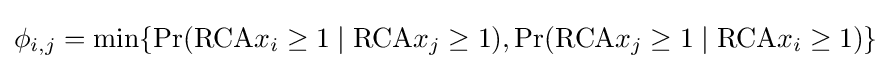
\phi _{i,j}=\min\{\Pr({\text{RCA}}x_{i}\geq 1\mid {\text{RCA}}x_{j}\geq 1),\Pr({\text{RCA}}x_{j}\geq 1\mid {\text{RCA}}x_{i}\geq 1)\}